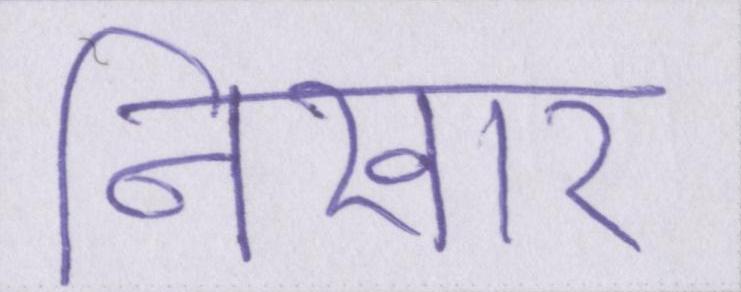
निखार